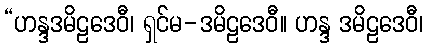
“ဟန္ဒဒမိဠဒေဝီ၊ ရှင်မ-ဒမိဠဒေဝီ။ ဟန္ဒ ဒမိဠဒေဝီ၊